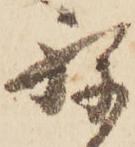
ね